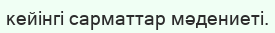
кейінгі сарматтaр мәдениеті.